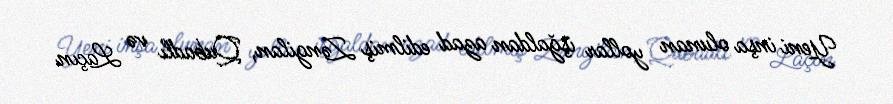
Yeni inşa olunan yollar işğaldan azad edilmiş Zəngilan, Qubadlı və Laçın